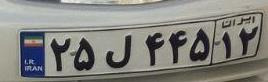
۲۵ل۴۴۵۱۲